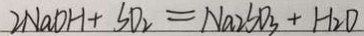
2 N a O H + S O _ { 2 } = N a _ { 2 } S O _ { 3 } + H _ { 2 } O